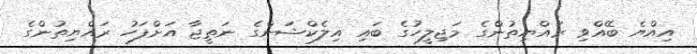
އިއްޔެ ބޭއްވި ރައްޔިތުންގެ މަޖިލީހުގެ ބައި އިލެކްޝަންގެ ނަތީޖާ އަށްފަހު ރައްޔިތުންގެ